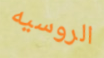
الروسيه